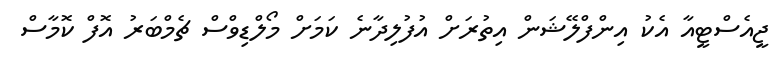
ޖީއެސްޓީއާ އެކު އިންފްލޭޝަން އިތުރަށް އުފުލިދާނެ ކަމަށް މޯލްޑިވްސް ޗެމްބަރު އޮފް ކޮމާސް